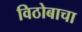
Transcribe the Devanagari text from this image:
विठोबाचा